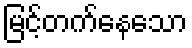
မြင့်တက်နေသော